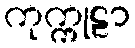
ကုက္ကုဠာ